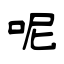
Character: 呢